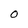
Character: O